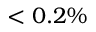
< 0 . 2 \%